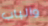
والباب